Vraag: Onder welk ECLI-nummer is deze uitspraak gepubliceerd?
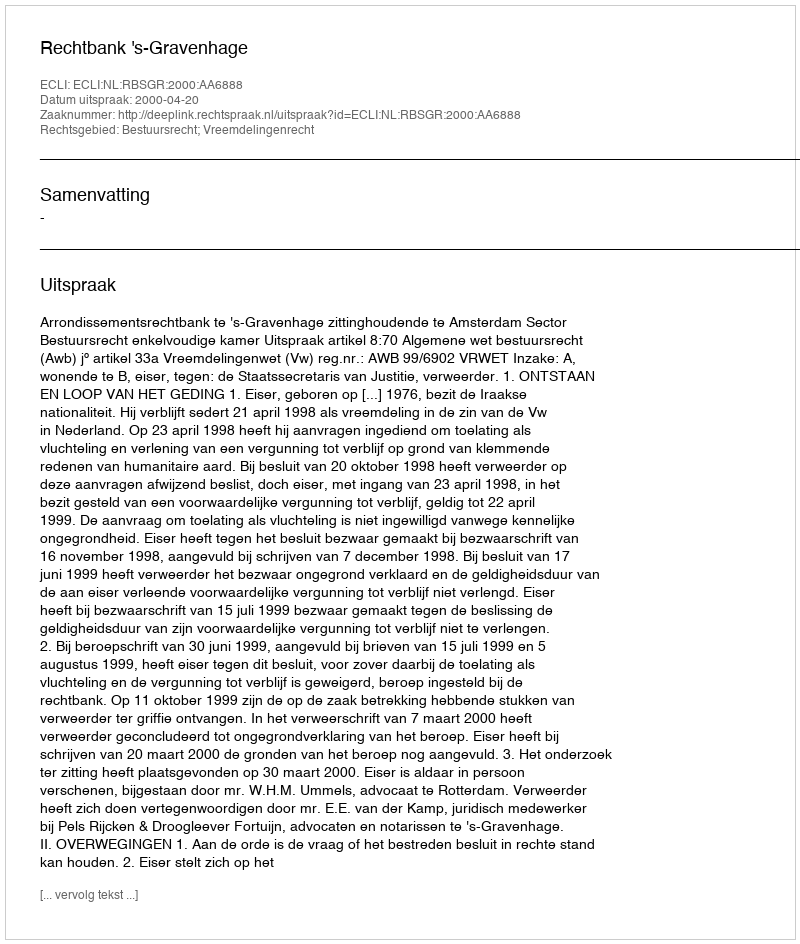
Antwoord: ECLI:NL:RBSGR:2000:AA6888